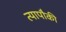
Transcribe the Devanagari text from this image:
त्यापौकी